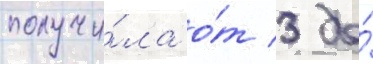
получи́ла о́т 3 до́